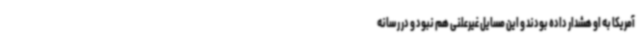
آمریکا به او هشدار داده بودند و این مسایل غیرعلنی هم نبود و در رسانه